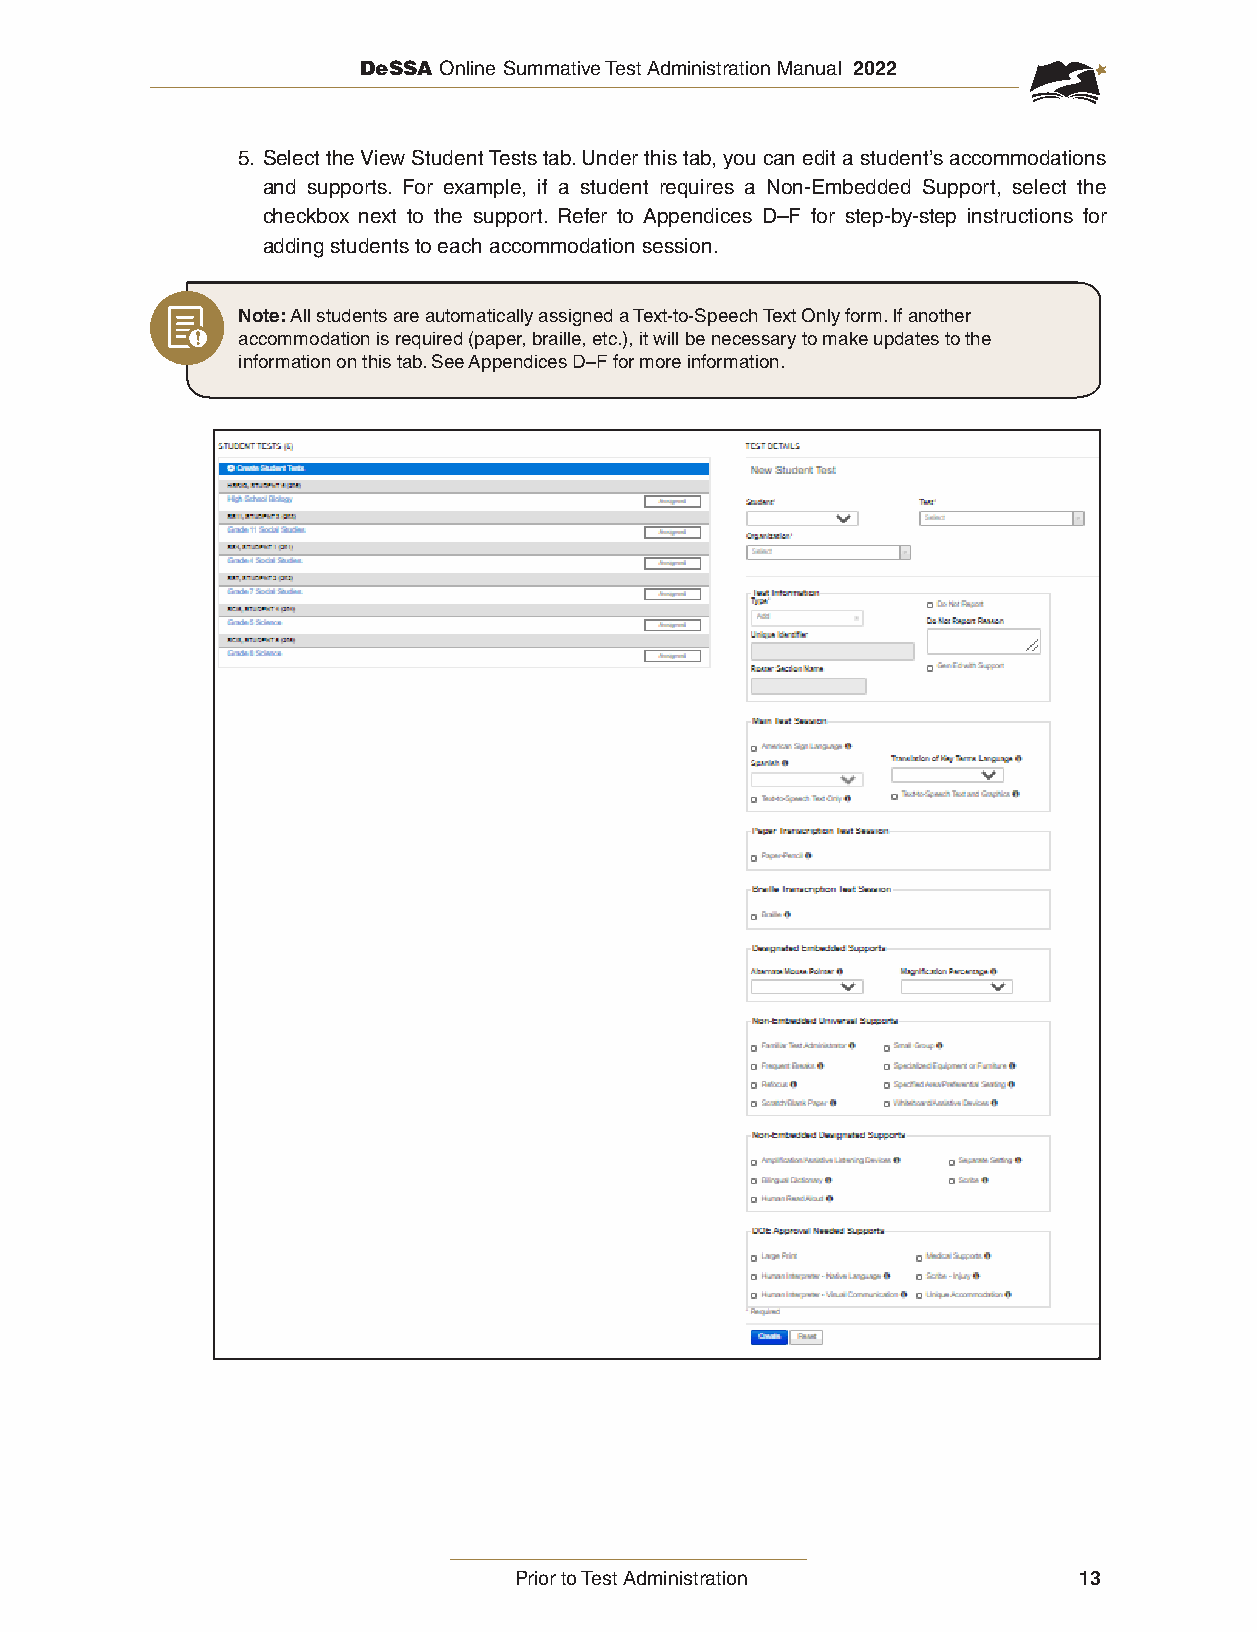
DeSSA Online Summative Test Administration Manual 2022
 5. Select the View Student Tests tab. Under this tab, you can edit a student’s accommodations
 and supports. For example, if a student requires a Non-Embedded Support, select the
 checkbox next to the support. Refer to Appendices D–F for step-by-step instructions for
 adding students to each accommodation session.
 Note: All students are automatically assigned a Text-to-Speech Text Only form. If another
 accommodation is required (paper, braille, etc.), it will be necessary to make updates to the
 information on this tab. See Appendices D–F for more information.
 Prior to Test Administration         13